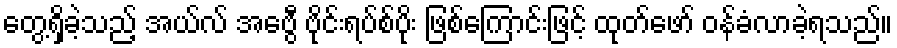
တွေ့ရှိခဲ့သည့် အယ်လ် အေဗွီ ဗိုင်းရပ်စ်ပိုး ဖြစ်ကြောင်းဖြင့် ထုတ်ဖော် ဝန်ခံလာခဲ့ရသည်။